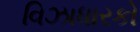
વિઝાધારકો